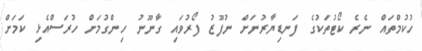
ހުކުމްތައް ނެރެ ކޯޓުތަކުގެ ފަނޑިޔާރުނަށް ނުފޫޒު ފޯރުވައި ގާނޫނު ހިންގުމަށް ހުރަސްއެޅި ކަމަށް